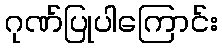
ဂုဏ်ပြုပါကြောင်း